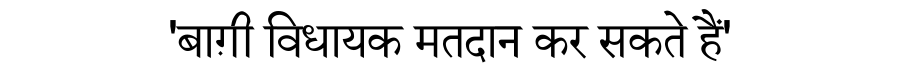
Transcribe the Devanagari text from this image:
'बाग़ी विधायक मतदान कर सकते हैं'